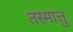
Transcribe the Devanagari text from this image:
तस्मात्तु